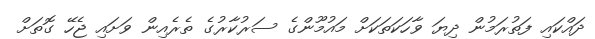
ދައްކައި ފަތުރަމުން ދިޔަ ވާހަކަތަކަށް މައުމޫންގެ ސަރުކާރުގެ ތެރެއިން ވަށައި ޖެހޭ ގޮތަށް